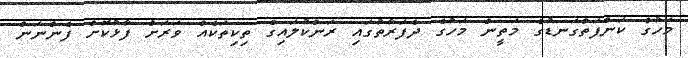
މަހުގެ ކަންފަތްގަނޑުގެ މަތީން މަހުގެ ދެފަރާތުގައި ރަންކުލައިގެ ތިކިތަކެއް ވަރަށް ފާޅުކޮށް ފެންނަން